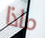
ماذا